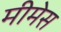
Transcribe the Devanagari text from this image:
मीमेस